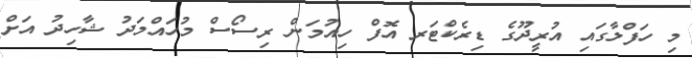
މި ހަފްލާގައި އުރީދޫގެ ޑިރެކްޓަރ އޮފް ހިއުމަން ރިސޯސް މުހައްމަދު ޝާހިދު އަށް